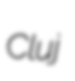
Cluj